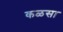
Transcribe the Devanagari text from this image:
कळसा